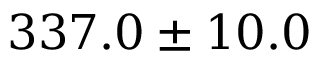
3 3 7 . 0 \pm 1 0 . 0